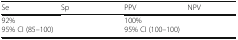
<table><thead><tr><td><b>Se</b></td><td><b>Sp</b></td><td><b>PPV</b></td><td><b>NPV</b></td></tr></thead><tbody><tr><td>92%95% CI (85–100)</td><td>[EMPTY_CELL]</td><td>100%95% CI (100–100)</td><td>[EMPTY_CELL]</td></tr></tbody></table>